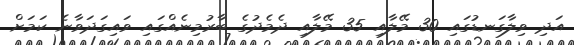
އަދި ވިލާގަނޑުގައި 30 މޭލާއި 35 މޭލާއި ދެމެދުގެ ބާރުމިނެއްގައި ވައިގަދަވާނެ ކަމަށް